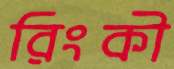
রিংকী